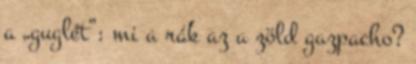
a „guglét”: mi a rák az a zöld gazpacho?